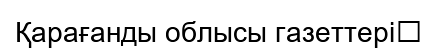
Қарағанды облысы газеттері‎